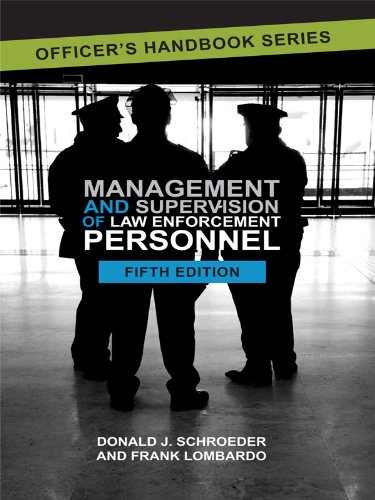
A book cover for Management and Supervision of Law Enforcement Personnel; Frank Lombardo; Law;